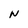
Character: N